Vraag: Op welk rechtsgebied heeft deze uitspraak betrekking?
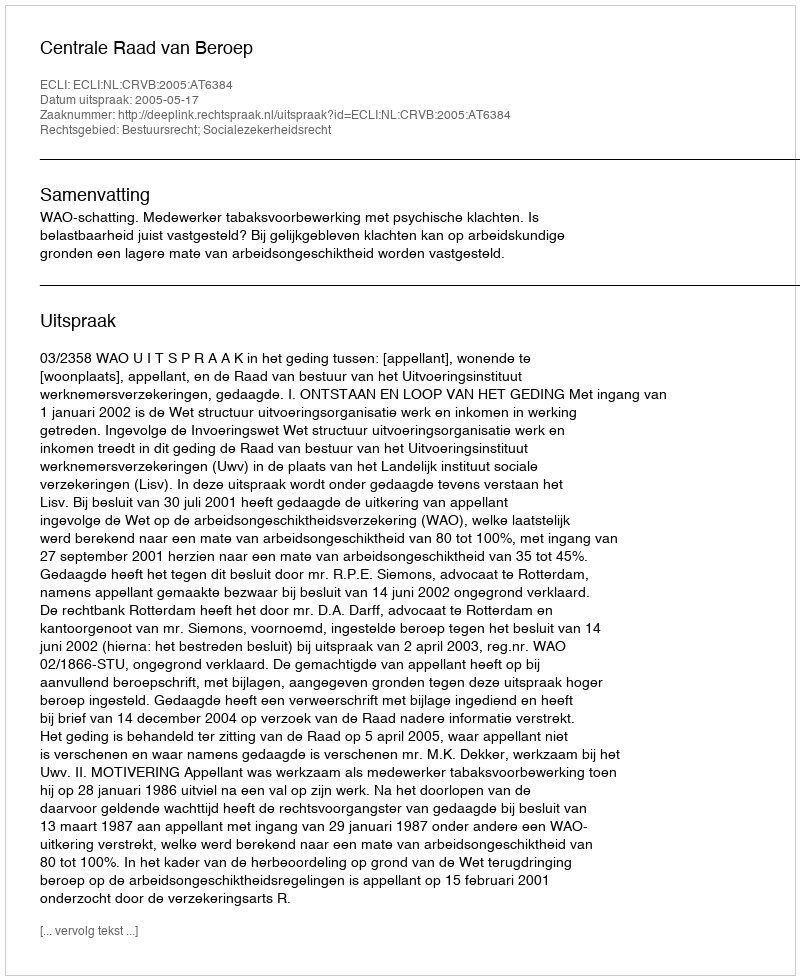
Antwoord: Bestuursrecht; Socialezekerheidsrecht